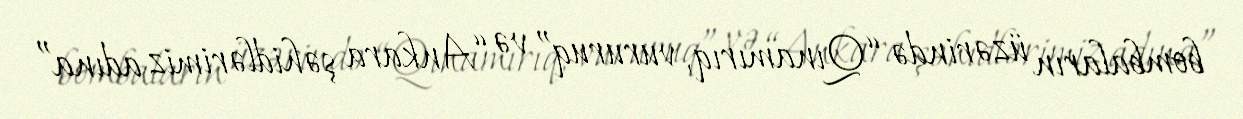
bombaların üzərində “Qınamırıq, vururuq” və “Ankara şəhidlərimiz adına”